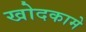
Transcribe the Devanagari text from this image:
खोदकामे